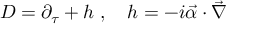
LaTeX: D = \partial _ { \tau } + h \; , \quad h = - i { \vec { \alpha } \cdot \vec { \nabla } }